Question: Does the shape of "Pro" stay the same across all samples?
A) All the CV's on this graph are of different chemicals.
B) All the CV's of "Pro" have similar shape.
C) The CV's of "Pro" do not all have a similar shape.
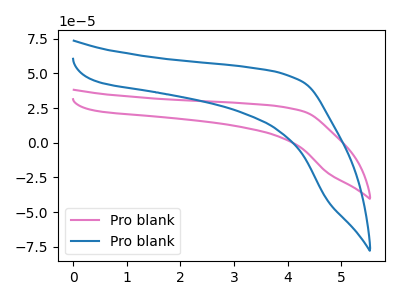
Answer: <think>The pink curve "Pro blank1" has no peaks. The blue curve "Pro blank2" has no peaks.
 Neither "Pro blank1" or "Pro blank2" have any peaks.</think>
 <answer>B) All the CV's of "Pro" have similar shape.</answer>
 <eval>B</eval>